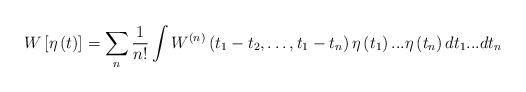
LaTeX: \begin{align*} W\left[ {\eta \left( t \right)} \right] = \mathop \sum \limits_n \frac{1}{{n!}}\mathop \int {W^{\left( n \right)}}\left( {{t_1} - {t_2}, \ldots ,{t_1} - {t_n}} \right)\eta \left( {{t_1}} \right)...\eta \left( {{t_n}} \right)d{t_1}...d{t_n}\end{align*}